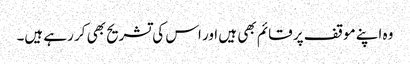
وہ اپنے موقف پر قائم بھی ہیں اور اس کی تشریح بھی کر رہے ہیں۔